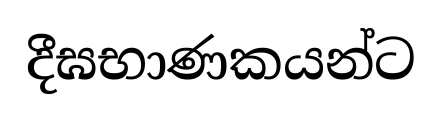
දීඝභාණකයන්ට